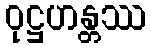
ဝုဋ္ဌဟန္တဿ